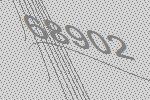
68902